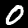
Label: 0